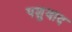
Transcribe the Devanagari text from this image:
पशुवाद